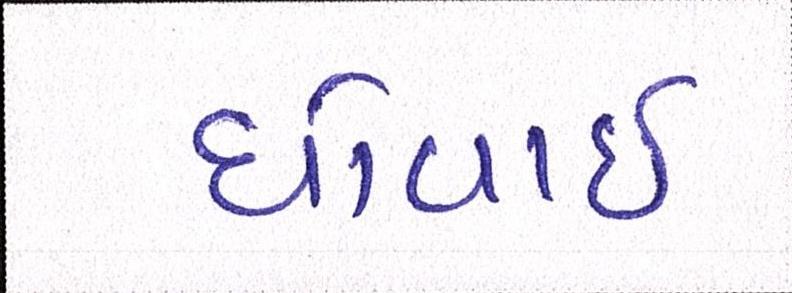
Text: ધોવાઇ